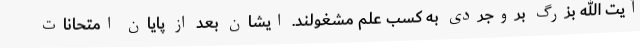
آیت الله بزرگ بروجردی به کسب علم مشغولند. ایشان بعد از پایان امتحانات